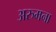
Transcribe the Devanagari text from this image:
अरुमना